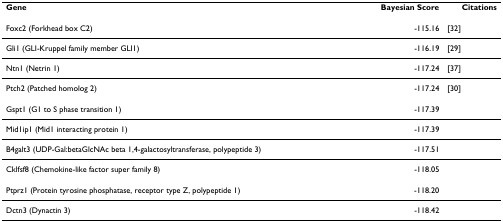
| Gene | Bayesian Score | Citations |
 | --- | --- | --- |
 | Foxc2 (Forkhead box C2) | -115.16 | [32] |
 | Gli1 (GLI-Kruppel family member GLI1) | -116.19 | [29] |
 | Ntn1 (Netrin 1) | -117.24 | [37] |
 | Ptch2 (Patched homolog 2) | -117.24 | [30] |
 | Gspt1 (G1 to S phase transition 1) | -117.39 |  |
 | Mid1ip1 (Mid1 interacting protein 1) | -117.39 |  |
 | B4galt3 (UDP-Gal:betaGlcNAc beta 1,4-galactosyltransferase, polypeptide 3) | -117.51 |  |
 | Cklfsf8 (Chemokine-like factor super family 8) | -118.05 |  |
 | Ptprz1 (Protein tyrosine phosphatase, receptor type Z, polypeptide 1) | -118.20 |  |
 | Dctn3 (Dynactin 3) | -118.42 |  |